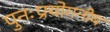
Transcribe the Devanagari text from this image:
पुनःप्रयोगनीय